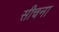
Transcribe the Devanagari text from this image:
सीचना